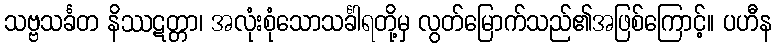
သဗ္ဗသင်္ခတ နိဿဋတ္တာ၊ အလုံးစုံသောသင်္ခါရတို့မှ လွတ်မြောက်သည်၏အဖြစ်ကြောင့်။ ပဟီန